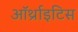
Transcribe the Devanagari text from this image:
ऑर्थ्राइटिस